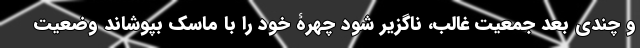
و چندی بعد جمعیت غالب، ناگزیر شود چهرۀ خود را با ماسک بپوشاند وضعیت